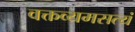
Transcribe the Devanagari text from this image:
वक्तव्यमसत्यं